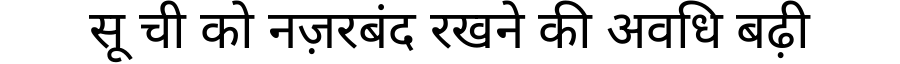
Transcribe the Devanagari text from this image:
सू ची को नज़रबंद रखने की अवधि बढ़ी